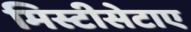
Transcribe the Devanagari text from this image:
मिस्टीसेटाए